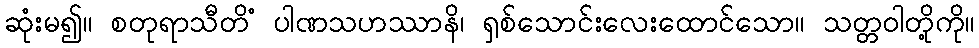
ဆုံးမ၍။ စတုရာသီတိံ ပါဏသဟဿာနိ၊ ရှစ်သောင်းလေးထောင်သော။ သတ္တဝါတို့ကို။